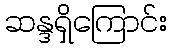
ဆန္ဒရှိကြောင်း